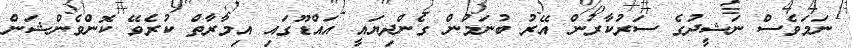
ނަމަވެސް ނަޝީދުގެ ސަރުކާރުން އޭރު ބުނަމުން ގެންދިޔައީ އައްޑޫގައި އިމާރާތް ކުރެވޭ ކޮންވެންޝަން